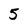
Character: 5